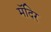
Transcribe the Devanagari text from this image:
मॅदिर